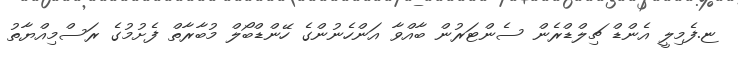
ޏ.ފެމިލީ އެންޑް ޗިލްޑްރެން ސެންޓަރުން ބާއްވާ އަންހެނުންގެ ހޭންޑްބޯލް މުބާރާތް ފެށުމުގެ ރަސްމިއްޔާތު